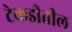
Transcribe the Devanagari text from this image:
टेकडीतील